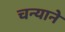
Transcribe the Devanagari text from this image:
चन्याने